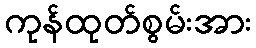
ကုန်ထုတ်စွမ်းအား